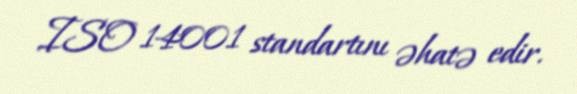
ISO 14001 standartını əhatə edir.